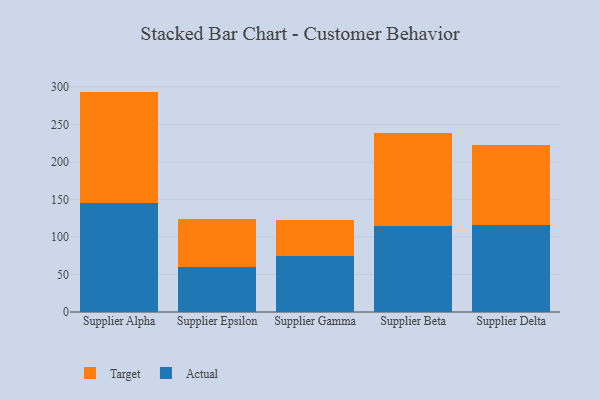
{"axis": {"x": "Supplier", "y": "Tickets Resolved"}, "legend": ["Actual", "Target"], "data": [{"x": "Supplier Alpha", "y": 144.7, "type": "Actual"}, {"x": "Supplier Alpha", "y": 149.1, "type": "Target"}, {"x": "Supplier Epsilon", "y": 60.2, "type": "Actual"}, {"x": "Supplier Epsilon", "y": 63.8, "type": "Target"}, {"x": "Supplier Gamma", "y": 74.2, "type": "Actual"}, {"x": "Supplier Gamma", "y": 48.3, "type": "Target"}, {"x": "Supplier Beta", "y": 115.2, "type": "Actual"}, {"x": "Supplier Beta", "y": 123.3, "type": "Target"}, {"x": "Supplier Delta", "y": 116.4, "type": "Actual"}, {"x": "Supplier Delta", "y": 105.7, "type": "Target"}]}